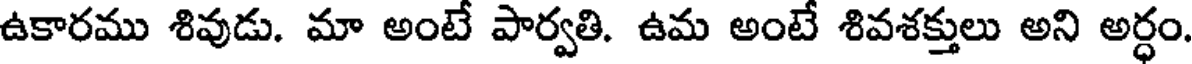
ఉకారము శివుడు. మా అంటే పార్వతి. ఉమ అంటే శివశక్తులు అని అర్ధం.